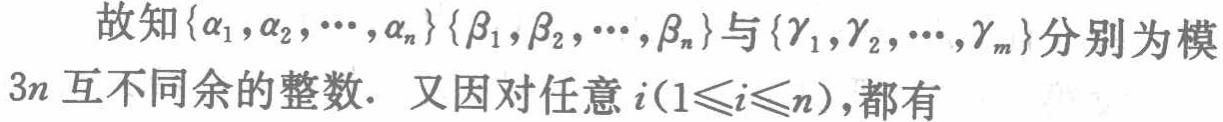
故知\(\{\alpha_1,\alpha_2,\cdots,\alpha_n\}\{\beta_1,\beta_2,\cdots,\beta_n\}\)与\(\{\gamma_1,\gamma_2,\cdots,\gamma_m\}\)分别为模\(3n\)互不同余的整数. 又因对任意\(i(1\leqslant i\leqslant n)\),都有